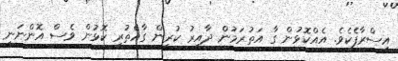
އިސްރާފެކެވެ. އެއްކޮޅުން ގާ އަތުރަމުން ދާއިރު ކުރިން ގާއެތުރި ކޮޅުން ވެސް އޮންނަނީ